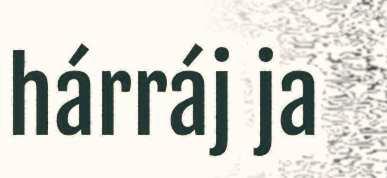
hárráj ja